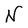
Character: N